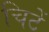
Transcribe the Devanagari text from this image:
चिटें